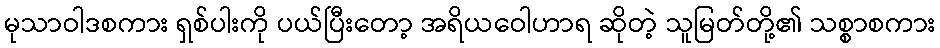
မုသာဝါဒစကား ရှစ်ပါးကို ပယ်ပြီးတော့ အရိယဝေါဟာရ ဆိုတဲ့ သူမြတ်တို့၏ သစ္စာစကား